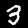
Label: 3